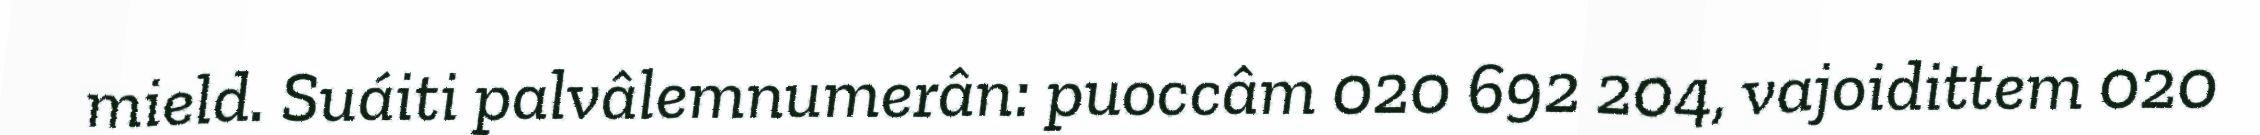
mield. Suáiti palvâlemnumerân: puoccâm 020 692 204, vajoidittem 020